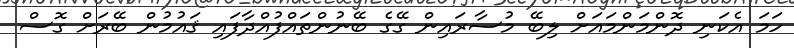
ހަމަ އެކަނި ދޮންމަންމައަށް ލިބޭ މުސާރައިން ގޭގެ ބޭނުންތައްފުއްދާފައި ޤައުމުން ބޭރަށް ގޮސް